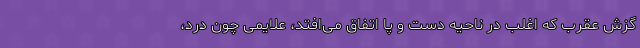
گزش عقرب که اغلب در ناحیه دست و پا اتفاق می‌افتد، علایمی چون درد،